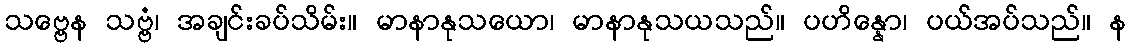
သဗ္ဗေန သဗ္ဗံ၊ အချင်းခပ်သိမ်း။ မာနာနုသယော၊ မာနာနုသယသည်။ ပဟိန္နော၊ ပယ်အပ်သည်။ န